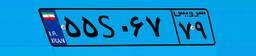
۵۵S۰۶۷۷۹